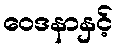
ဝေဒနာနှင့်